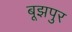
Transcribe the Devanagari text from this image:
बूझपुर